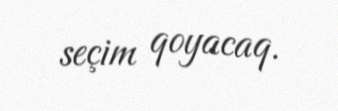
seçim qoyacaq.